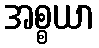
အစ္စယာ